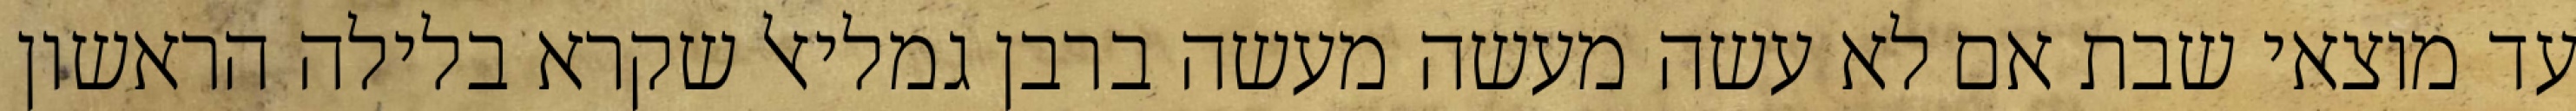
עד מוצאי שבת אם לא עשה מעשה מעשה ברבן גמליאל שקרא בלילה הראשון